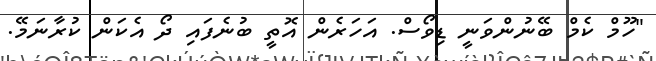
"ހޫމް ކެމް ބޭނުންވަނީ ޑިވޯސް. އަހަރެން އޮތީ ބުނެފައި ދޯ އެކަން ކުރާނަމޭ.